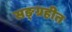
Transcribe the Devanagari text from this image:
सङ्ग्रहीत